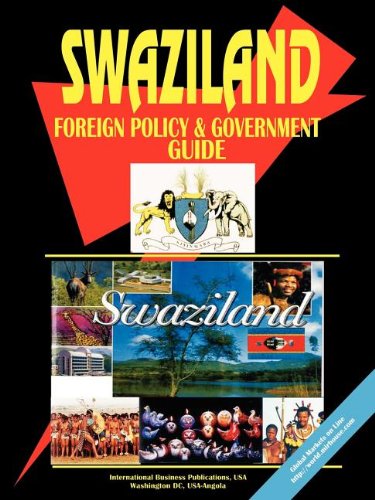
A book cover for Swaziland Foreign Policy And Government Guide; Ibp Usa; Travel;